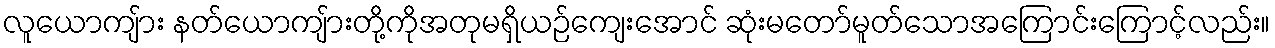
လူယောကျ်ား နတ်ယောကျ်ားတို့ကိုအတုမရှိယဉ်ကျေးအောင် ဆုံးမတော်မူတ်သောအကြောင်းကြောင့်လည်း။